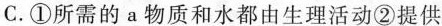
C.①所需的a物质和水都由生理活动②提供